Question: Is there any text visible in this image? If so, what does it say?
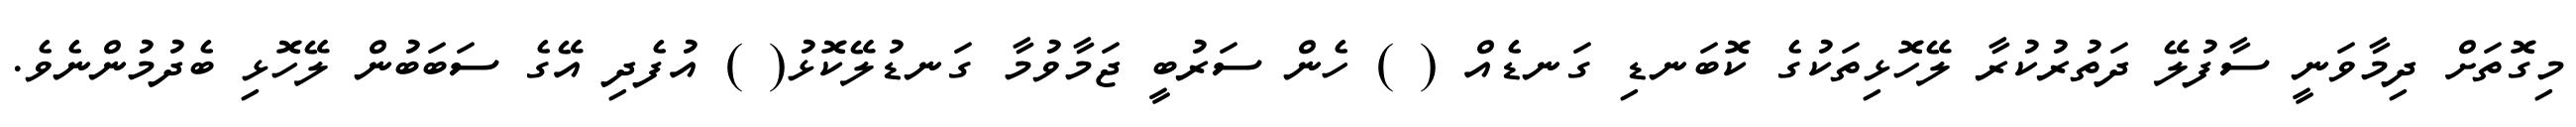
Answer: މިގޮތަށް ދިމާވަނީ ސާފުލޭ ދަތުރުކުރާ ލޭހޮޅިތަކުގެ ކޮބަނޑި ގަނޑެއް ( ) ހެން ސަރުބީ ޖަމާވުމާ ގަނޑުލޭކޮޅު( ) އުފެދި އޭގެ ސަބަބުން ލޭހޮޅި ބެދުމުންނެވެ.